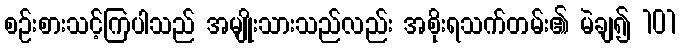
စဉ်းစားသင့်ကြပါသည် အမျိုးသားသည်လည်း အစိုးရသက်တမ်း၏ မဲချ၍ 101